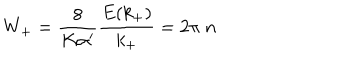
W _ { + } = \frac { 8 } { K \alpha ^ { \prime } } \frac { E ( k _ { + } ) } { k _ { + } } = 2 \pi \; n